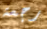
رجعة